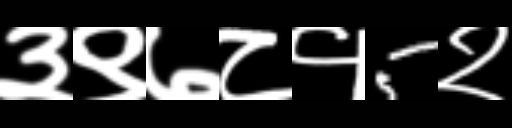
Text: ३९७८१5२